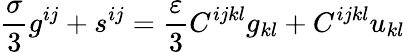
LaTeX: \frac{\sigma}3g^{ij}+s^{ij}=\frac{\varepsilon}3C^{ijkl}g_{kl}+C^{ijkl}u_{kl}